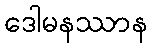
ဒေါမနဿာန